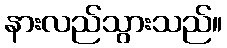
နားလည်သွားသည်။